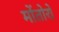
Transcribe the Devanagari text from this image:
मोंतोरो